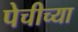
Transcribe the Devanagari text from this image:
पेचीच्या